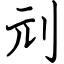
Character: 刓